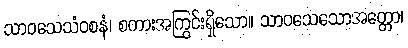
သာဝသေသံဝစနံ၊ စကားအကြွင်းရှိသော။ သာဝသေသောအတ္တော၊